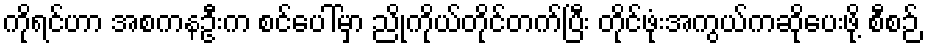
ကိုရင်ဟာ အစကနဦးက စင်ပေါ်မှာ ညိုကိုယ်တိုင်တက်ပြီး တိုင်ဖုံးအကွယ်ကဆိုပေးဖို့ စီစဉ်